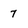
Character: 7